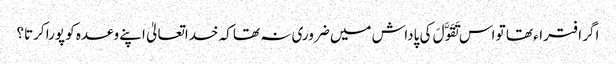
اگر افتراء تھا تو اس تَقَوَّلَ کی پاداش میں ضروری نہ تھا کہ خداتعالیٰ اپنے وعدہ کو پورا کرتا؟